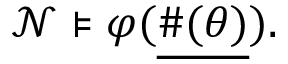
{ \mathcal { N } } \models \varphi ( { \underline { { \# ( \theta ) } } } ) .